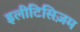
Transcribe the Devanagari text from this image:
इलीटिसिज़म